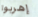
إهربوا